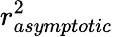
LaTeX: r_{asymptotic}^{2}